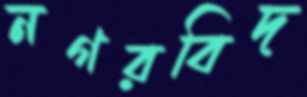
নগরবিদ